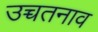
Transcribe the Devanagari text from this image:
उच्चतनाव